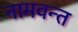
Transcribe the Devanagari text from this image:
नामवन्त